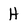
Character: H